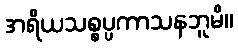
အရိယသစ္စပ္ပကာသနဘူမိ။